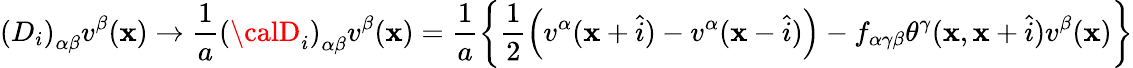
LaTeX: \left(D_{i}\right)_{\alpha\beta}v^{\beta}(\mathbf{x})\rightarrow\frac{1}{a}\left({\calD}_{i}\right)_{\alpha\beta}v^{\beta}(\mathbf{x})=\frac{1}{a}\left\{ \frac{1}{2}\left(v^{\alpha}(\mathbf{x}+\widehat{{i}})-v^{\alpha}(\mathbf{x}-\widehat{{i}})\right)-f_{\alpha\gamma\beta}\theta^{\gamma}(\mathbf{x},\mathbf{x}+\widehat{{i}})v^{\beta}(\mathbf{x})\right\}